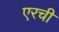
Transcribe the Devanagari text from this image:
एरची